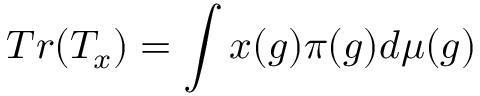
T r ( T _ { x } ) = \int x ( g ) \pi ( g ) d \mu ( g )